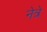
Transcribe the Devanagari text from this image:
नेत्रे